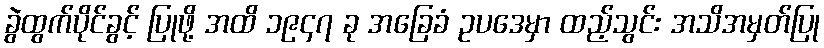
ခွဲထွက်ပိုင်ခွင့် ပြုဖို့ အထိ ၁၉၄၇ ခု အခြေခံ ဥပဒေမှာ ထည့်သွင်း အသိအမှတ်ပြု